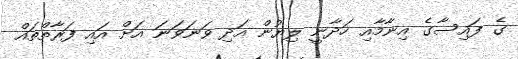
ގެ ފައިސާގެ އިނާމާއި ހަދާނީ ލިޔުން އަދި ވަނަވަނަ އަށް އައި ފަރާތްތައް